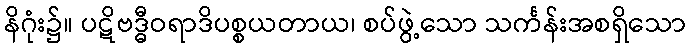
နိဂုံး၌။ ပဋိဗဒ္ဓီဝရာဒိပစ္စယတာယ၊ စပ်ဖွဲ့သော သင်္ကန်းအစရှိသော